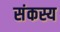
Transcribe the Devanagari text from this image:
संकस्य